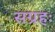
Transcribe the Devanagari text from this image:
सग्रहः